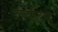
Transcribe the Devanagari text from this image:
लापोड़िया